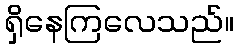
ရှိနေကြလေသည်။